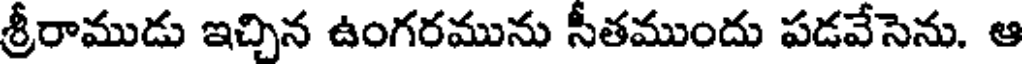
శ్రీరాముడు ఇచ్చిన ఉంగరమును సీతముందు పడవేసెను. ఆ